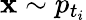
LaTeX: \mathbf{x}\sim p_{t_{i}}